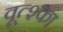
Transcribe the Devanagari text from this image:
वूत्श्का